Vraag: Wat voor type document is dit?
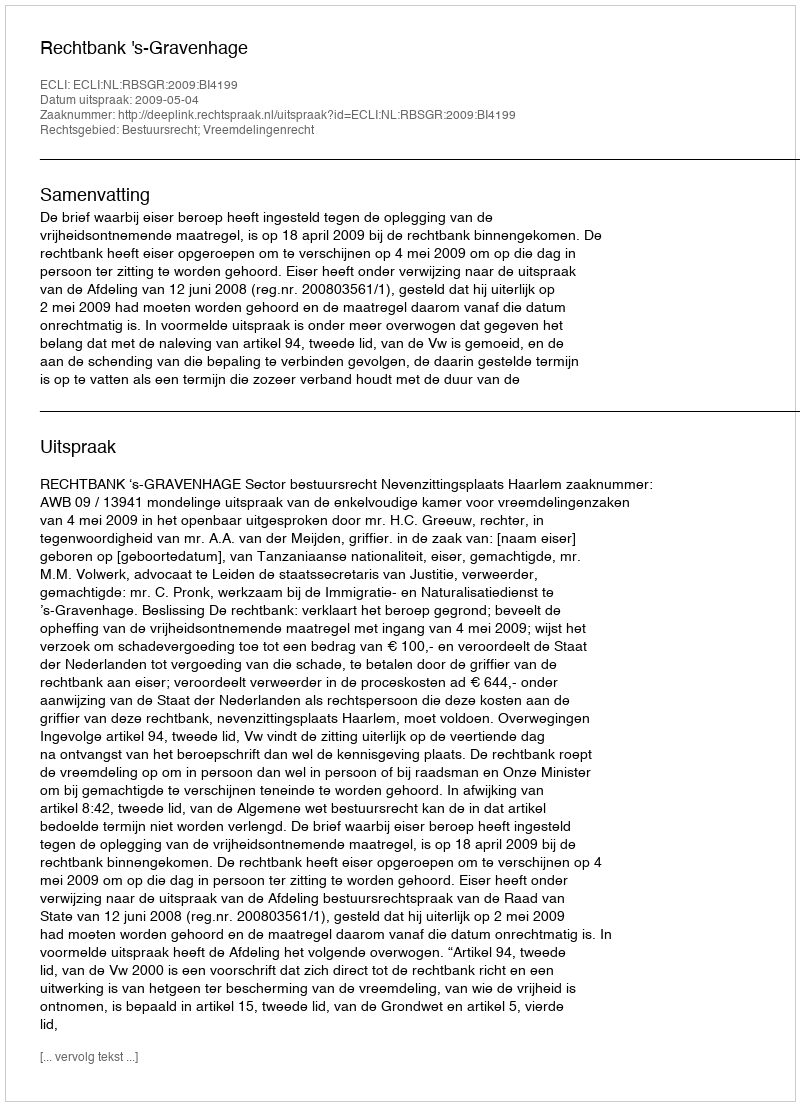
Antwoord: Uitspraak